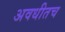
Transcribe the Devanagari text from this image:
अवधीतच